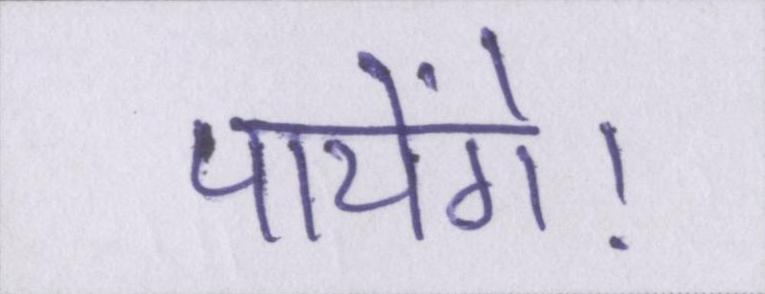
पायेंगे।